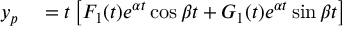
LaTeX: \begin{array} { r l } { y _ { p } } & { { } = t \left[ F _ { 1 } ( t ) e ^ { \alpha t } \cos { \beta t } + G _ { 1 } ( t ) e ^ { \alpha t } \sin { \beta t } \right] } \end{array}